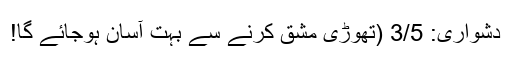
دشواری: 3/5 (تھوڑی مشق کرنے سے بہت آسان ہوجائے گا!